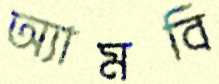
অ্যামবি